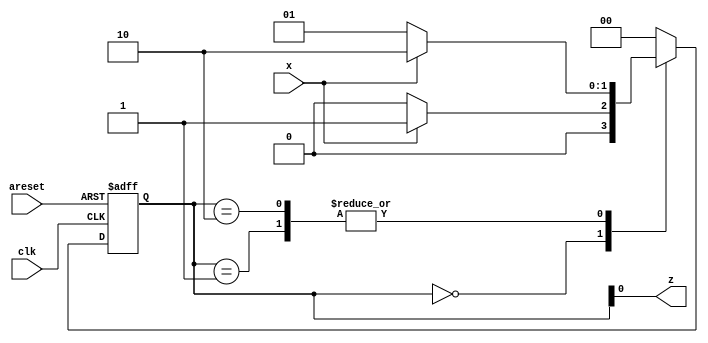
module top_module (
    input clk,
    input areset,
    input x,
    output z
); 
    
    parameter [1:0] A=2'b00,B=2'b01,C=2'b10;
    reg [1:0] ps,ns;
    
    always@(*)begin
        case(ps)
            A: ns = x? B:A;
            B: ns = x? C:B;
            C: ns = x? C:B;
            default: ns = A;
        endcase
    end
    
    always@(posedge clk, posedge areset)begin
        if(areset)
            ps <= A;
        else
            ps <= ns;
    end
    
    assign z = ps[0];

endmodule